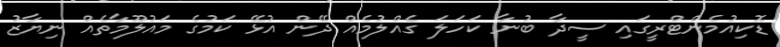
ޑޮކިއުމެންޓްރީގައި ސީދާ ބުނާ ކަހަލަ ގެއްލުމެއް ދޭން އުޅޭ ކަމުގެ މައުލޫމާތެއް ނިޔާޒު